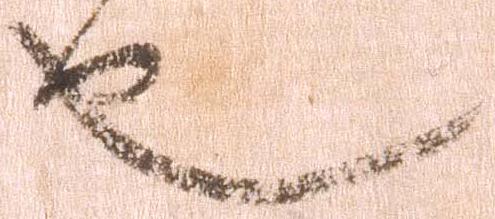
也